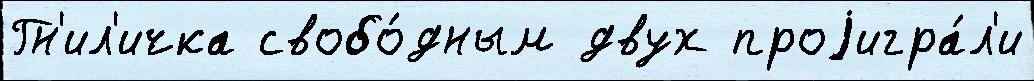
Гн'ил'ичка свобо́дным двух проjигра́л'и